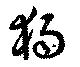
独